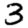
Digit: 3